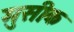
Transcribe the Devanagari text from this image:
मुसीक